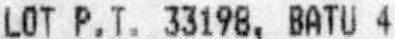
LOT P.T. 33198, BATU 4